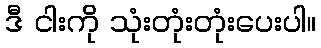
ဒီ ငါးကို သုံးတုံးတုံးပေးပါ။